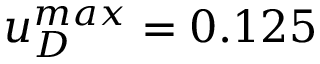
u _ { D } ^ { m a x } = 0 . 1 2 5